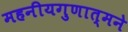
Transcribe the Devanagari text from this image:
महनीयगुणात्मने